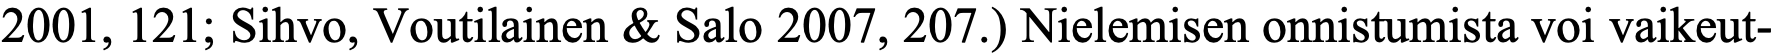
2001, 121; Sihvo, Voutilainen & Salo 2007, 207.) Nielemisen onnistumista voi vaikeut-